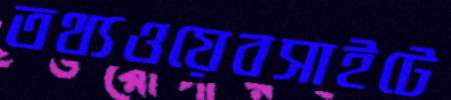
তথ্যওয়েবসাইটে